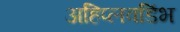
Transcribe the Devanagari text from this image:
अहिप्लवडिंभ